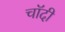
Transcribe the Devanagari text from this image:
चाॅदी